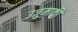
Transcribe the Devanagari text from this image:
उजुमाकी